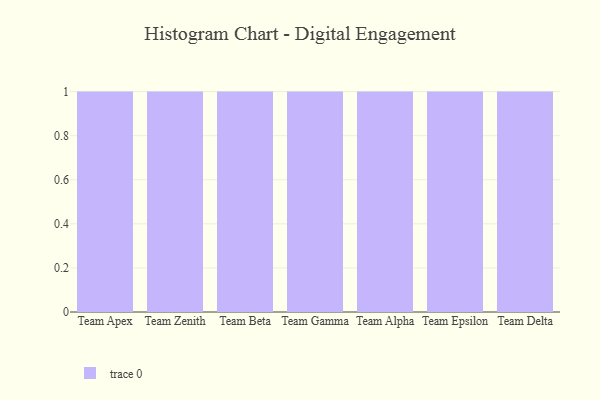
{"axis": {"x": "Team", "y": "Revenue (USD Million)"}, "legend": [""], "data": [{"x": "Team Apex", "y": 30, "type": ""}, {"x": "Team Zenith", "y": 86, "type": ""}, {"x": "Team Beta", "y": 36, "type": ""}, {"x": "Team Gamma", "y": 7, "type": ""}, {"x": "Team Alpha", "y": 63, "type": ""}, {"x": "Team Epsilon", "y": 47, "type": ""}, {"x": "Team Delta", "y": 100, "type": ""}]}